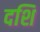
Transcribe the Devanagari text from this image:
दशि